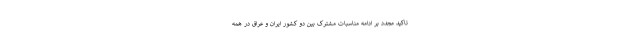
تاکید مجدد بر ادامه مناسبات مشترک بین دو کشور ایران و عراق در همه